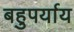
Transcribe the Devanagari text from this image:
बहुपर्याय